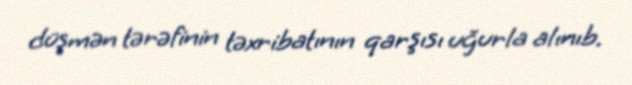
düşmən tərəfinin təxribatının qarşısı uğurla alınıb.